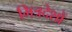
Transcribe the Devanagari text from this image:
मित्रदेशों